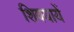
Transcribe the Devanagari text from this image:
शिवयायें